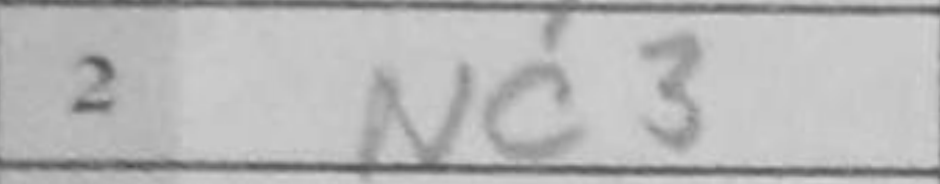
Transcription: Nc3